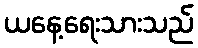
ယနေ့ရေးသားသည်